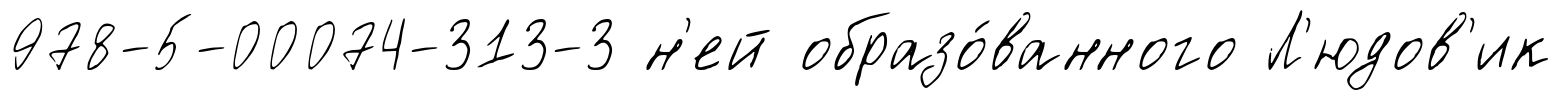
978-5-00074-313-3 н'ей образо́ванного Л'юдов'ик